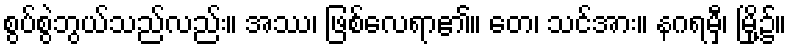
စွပ်စွဲဘွယ်သည်လည်း။ အဿ၊ ဖြစ်လေရာ၏။ တေ၊ သင်အား။ နဂရမှီ၊ မြို့၌။